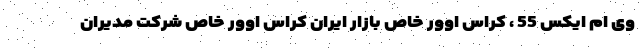
وی ام ایکس 55 ، کراس اوور خاص بازار ایران کراس اوور خاص شرکت مدیران